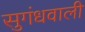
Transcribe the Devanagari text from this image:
सुगंधवाली